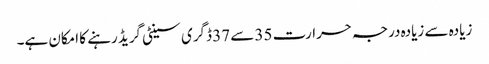
زیادہ سے زیادہ درجہ حرارت 35 سے 37 ڈگری سینٹی گریڈ رہنے کا امکان ہے۔